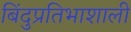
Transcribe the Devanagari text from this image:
बिंदुप्रतिभाशाली